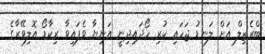
ބްރެޒިލް އަށް ލަނޑު ޖަހައި ކުރި ހޯދައިދިނީ އަނިޔާ ވެފައިވާ ރިކާޑޯ އޮލިވޭރާގެ